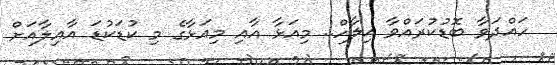
ހައްދަވާ ބޮޑުކުރައްވާ އިލާހް.. މިއަޅާ އާއި މިއަޅާގެ މި ކުޑަކުޑަ އާއިލާއަށް